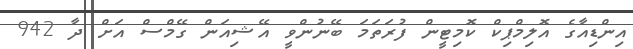
އިންޑިއާގެ އޮލިމްޕިކް ކޮމިޓީން ފުރަތަމަ ބޭނުންވީ އޭޝިއަން ގޭމްސް އަށް ދާ 942